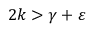
2 k > \gamma + \varepsilon